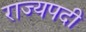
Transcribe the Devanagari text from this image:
राज्यपदी